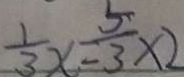
\frac { 1 } { 3 } x = \frac { 5 } { 3 } \times 2